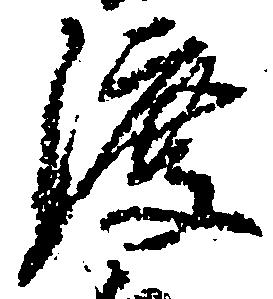
渡